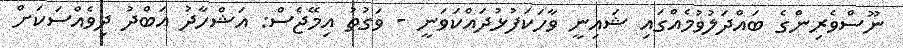
ނޫސްވެރިންގެ ބައްދަލުވުމެއްގައި ޝައިނީ ވާހަކަފުޅުދައްކަވަނީ - ވަގުތު އިމޭޖެސް: އަޝްހާދު އަބްދު ދިވެއްސަކަށް